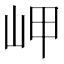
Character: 岬